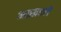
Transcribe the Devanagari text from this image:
आखडले